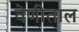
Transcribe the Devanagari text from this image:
वेणीताल